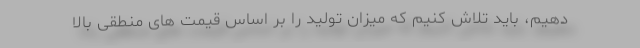
دهیم، باید تلاش کنیم که میزان تولید را بر اساس قیمت های منطقی بالا